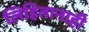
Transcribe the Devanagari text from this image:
लिहितानाही